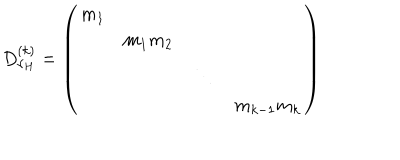
LaTeX: D _ { \nu _ { H } } ^ { ( k ) } = \left( \begin{matrix} { { m _ { 1 } } } & { { } } & { { } } \\ { { } } & { { m _ { 1 } m _ { 2 } } } & { { } } \\ { { } } & { { } } & { { \ddots } } & { { } } \\ { { } } & { { } } & { { } } & { { m _ { k - 1 } m _ { k } } } \\ \end{matrix} \right)